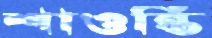
শাওন্তি